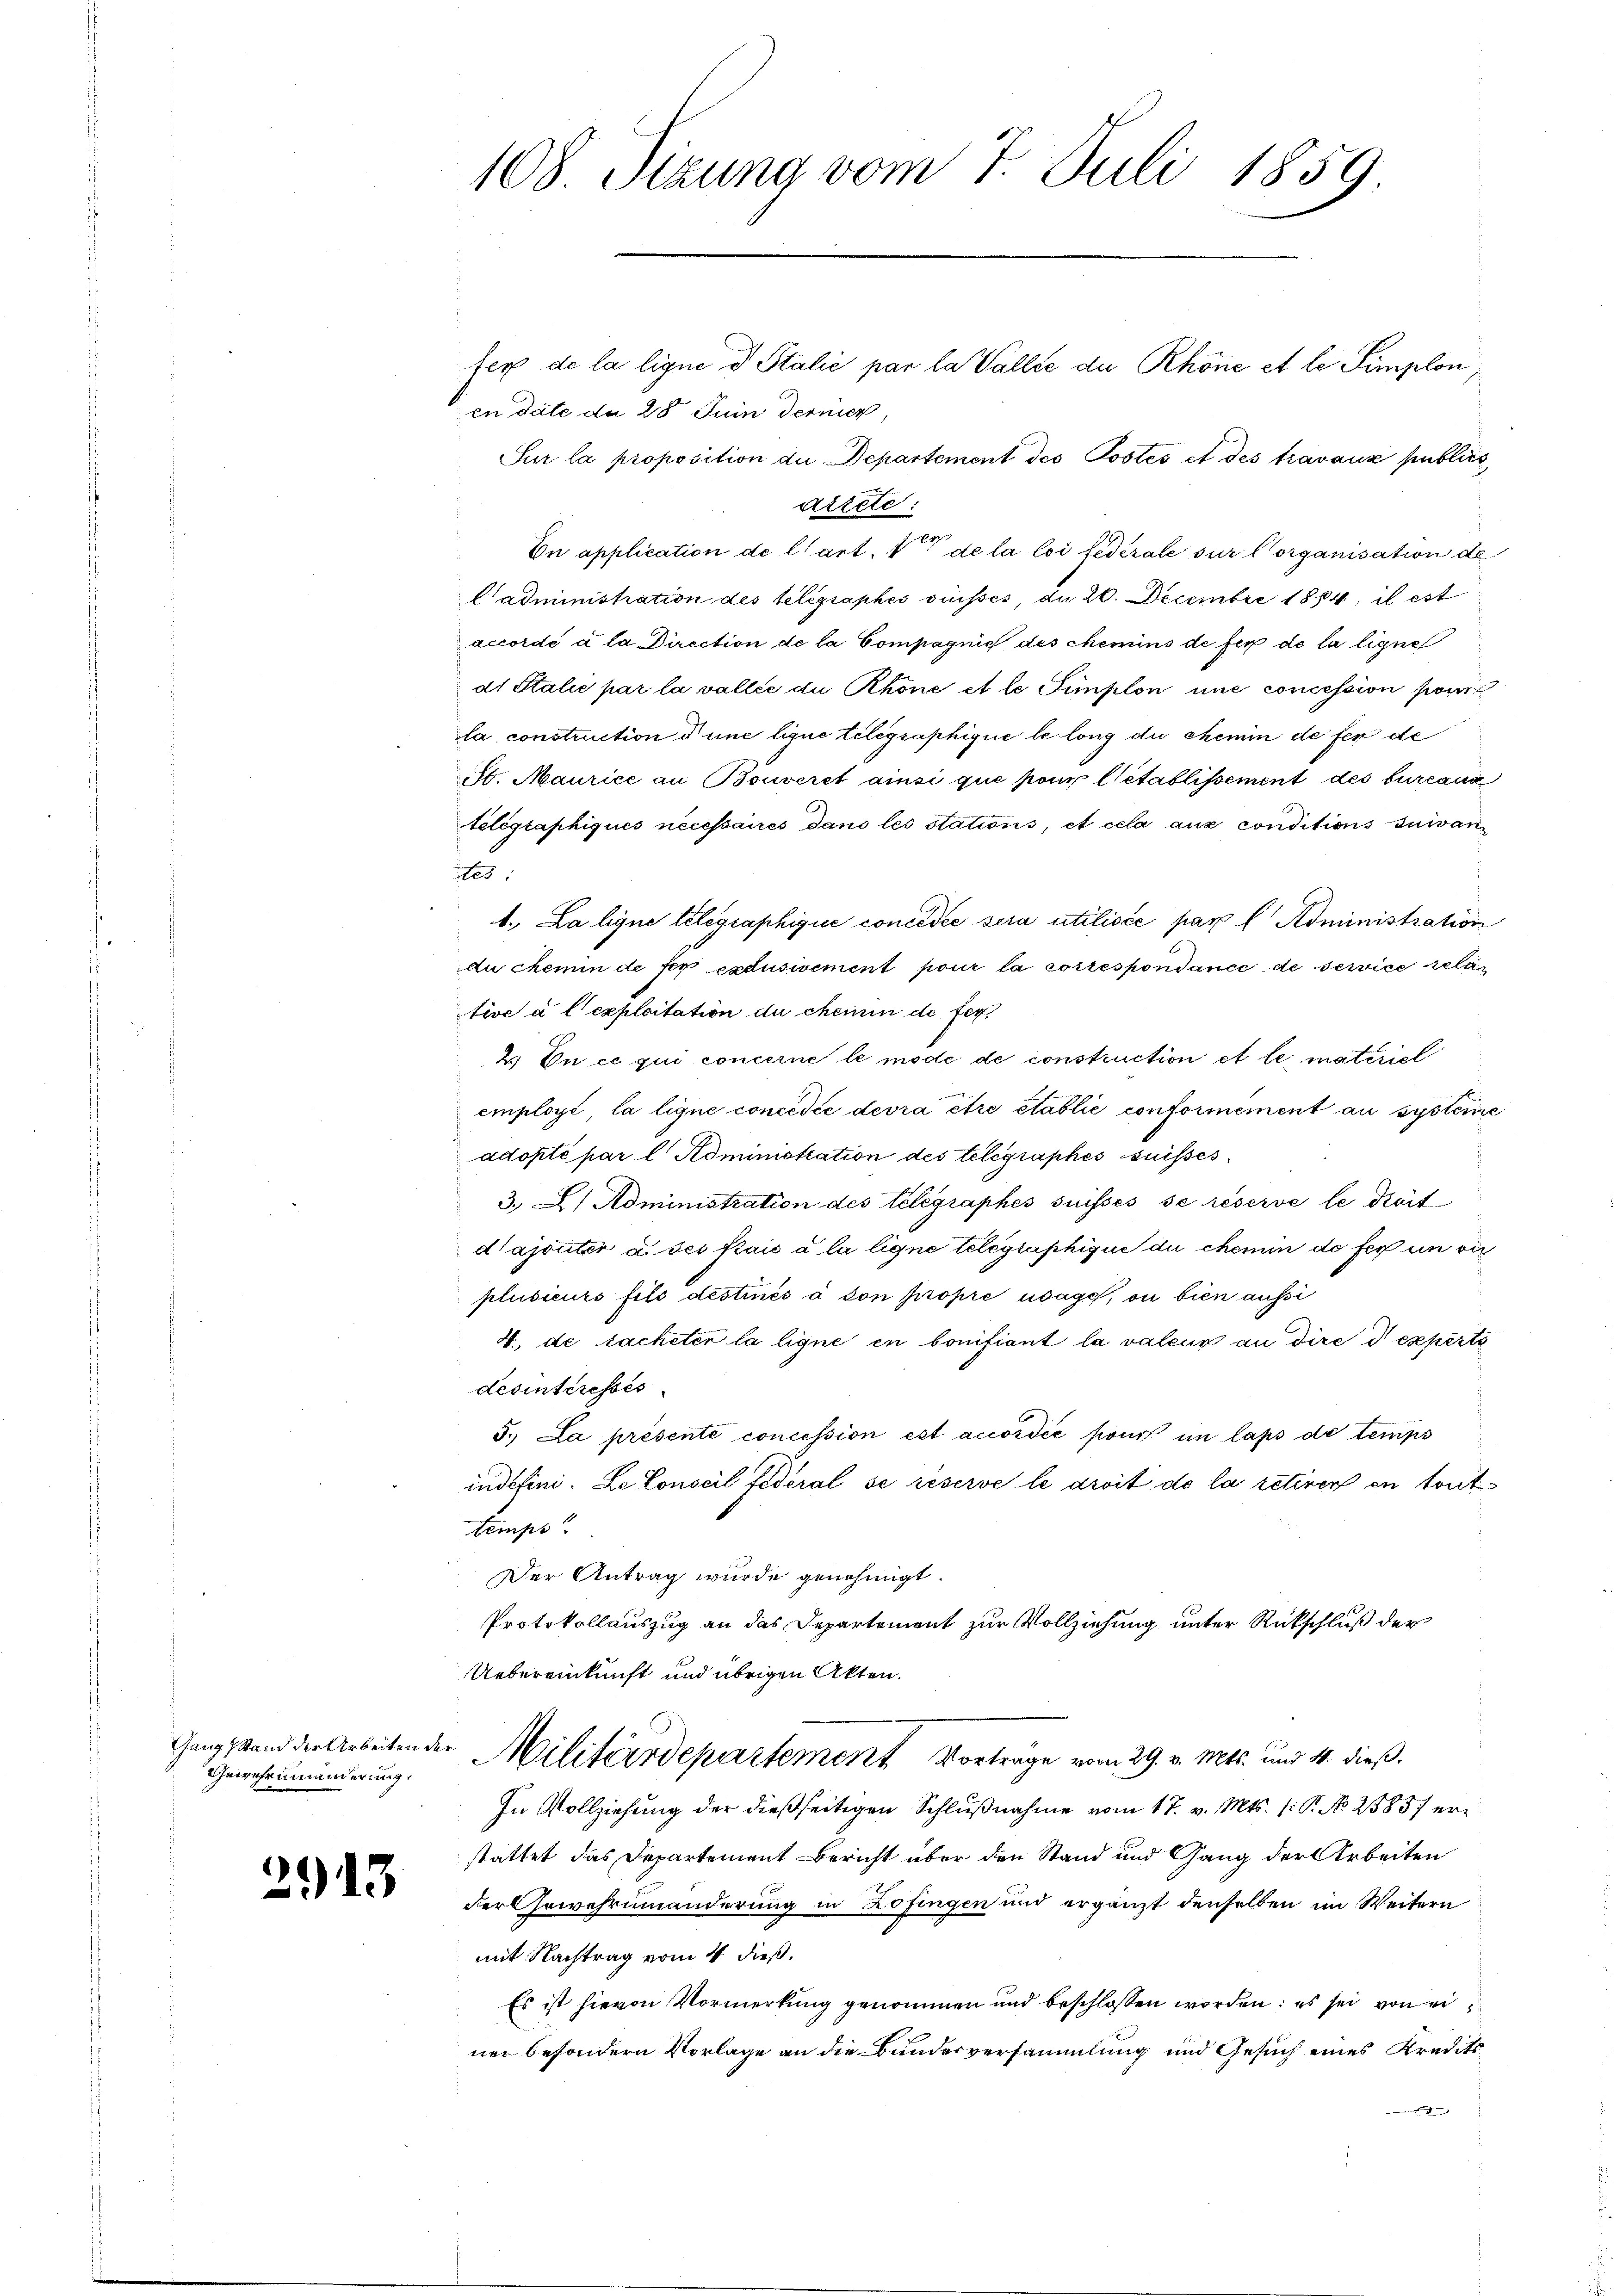
Gewehrnwänderung.

2913

108. Sizung vom 7. Juli 1859.

fer de la ligne d Stalić par la Vallée de Rhöne et le Simplon,
en date da 25 Juin Termier,
Sur la proposition die Departement des Postes et des travaux publich
ditete:
On application de l’art. 1 de la loi fédérale sur Corganisation de
Cadministration des Telegraphes dieses du 20. Decembre 1884, il est
accordé à la Direction de la Compagnie des chemins de fer de la ligne
al Stalie par la vallée du Rhone et le Simplon une concession pour
la, construction d une lique telegraphique le long du chemin de fer de
St. Maurice an Bouveret ainsi que pour l’établissement des burcanz
Nelegraphiques necessaires dans les stations, et cela aux conditions suivan
es
1. La ligne telegraphique concédée sera utilisée par l. Administration
du chemin de fer excusivement pour la correspondance de service relan
tive à l’exploitation du chemin de fer
2. In ce qui concerne le mode de construction et le materiel
employé, la ligne concedie devra être établie conformément an systeme
adopté par l. Administration des telegraphes suisses
3. A. Administration des telegraphes suisses se réserve le droit
dajouter u. des Kais à la ligne telegraphique du chemin do fer un vie
plusieurs fils destinés à don propre usage, ou bien aussi
4., de tacheter la ligne in bonifiant la valeur an dire d experti
desinteressés
5. La présenté concession est accordée pour im laps de temps
indefini. Le Conscil Federal se réserve le droit de la retiren en tout
temps
Der Antrag wurde genehmigt.
Protokollauszug an das Departement zur Vollziehung unter Rückschluß der
Uebereinkunft und übrigen Akten.
Gang stand der Arbeiten der Militärdepartement Vorträge vom 29. v. Mts. und 4. dieß¬
In Vollziehung der dießseitigen Schlußnahme vom 17. v. Mts. 1. P. No. 2885) erstattet das Departement Bericht über den Stand und Gang der Arbeiten
der Gewehrumänderung in Zofingen und ergänzt denselben im Weitern
mit Nachtrag vom 4 dieß.
Es ist hievon Vormerkung genommen und beschlossen worden: es sei von ei
ner besondern Vorlage an die Bundesversammlung und Gesuch eines Kreditse